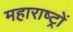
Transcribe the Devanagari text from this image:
महाराष्ट्रों